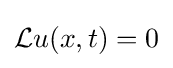
{\mathcal {L}}u(x,t)=0